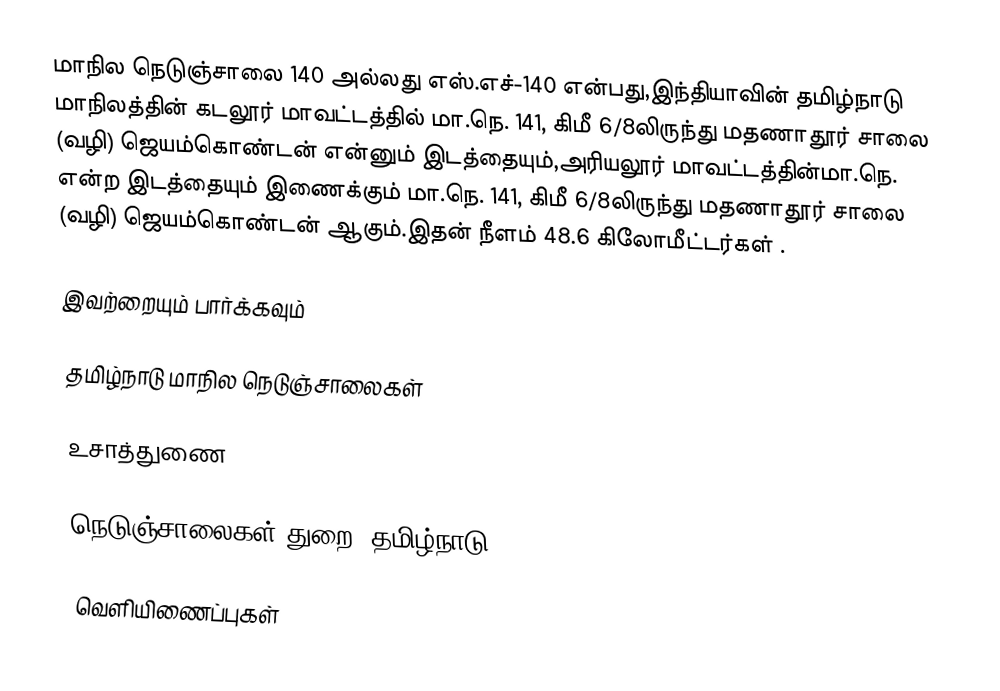
மாநில நெடுஞ்சாலை 140 அல்லது எஸ்.எச்-140  என்பது,இந்தியாவின் தமிழ்நாடு மாநிலத்தின்  கடலூர் மாவட்டத்தில்  மா.நெ. 141, கிமீ 6/8லிருந்து மதணாதூர் சாலை (வழி) ஜெயம்கொண்டன்  என்னும் இடத்தையும்,அரியலூர் மாவட்டத்தின்மா.நெ.  என்ற இடத்தையும் இணைக்கும் மா.நெ. 141, கிமீ 6/8லிருந்து மதணாதூர் சாலை (வழி) ஜெயம்கொண்டன் ஆகும்.இதன் நீளம் 48.6  கிலோமீட்டர்கள் .

இவற்றையும் பார்க்கவும்

 தமிழ்நாடு மாநில நெடுஞ்சாலைகள்

உசாத்துணை

 நெடுஞ்சாலைகள் துறை, தமிழ்நாடு

வெளியிணைப்புகள்